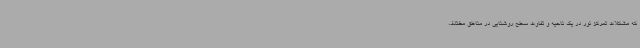
که مشکلات تمرکز نور در یک ناحیه و تفاوت سطح روشنایی در مناطق مختلف